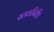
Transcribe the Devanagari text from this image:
स्तवनिधि